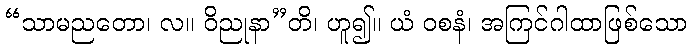
“သာမညတော၊ လ။ ဝိညုနာ”တိ၊ ဟူ၍။ ယံ ဝစနံ၊ အကြင်ဂါထာဖြစ်သော